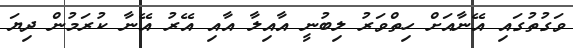
ވަގުތުގައި އޭނާއަށް ހިތްވަރު ލިބުނީ އާއިލާ އާއި އޭރު އޭނާ ކުރަމުން ދިޔަ